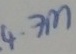
Text: 4.7M